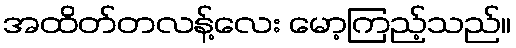
အထိတ်တလန့်လေး မော့ကြည့်သည်။